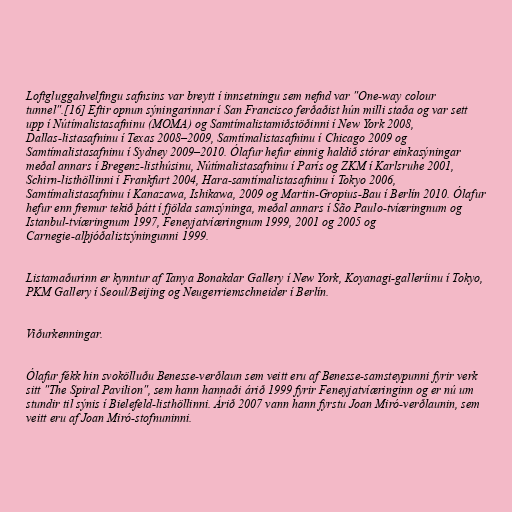
Loftgluggahvelfingu safnsins var breytt í innsetningu sem nefnd var "One-way colour
tunnel".[16] Eftir opnun sýningarinnar í San Francisco ferðaðist hún milli staða og var sett
upp í Nútímalistasafninu (MOMA) og Samtímalistamiðstöðinni í New York 2008,
Dallas-listasafninu í Texas 2008–2009, Samtímalistasafninu í Chicago 2009 og
Samtímalistasafninu í Sydney 2009–2010. Ólafur hefur einnig haldið stórar einkasýningar
meðal annars í Bregenz-listhúsinu, Nútímalistasafninu í París og ZKM í Karlsruhe 2001,
Schirn-listhöllinni í Frankfurt 2004, Hara-samtímalistasafninu í Tokyo 2006,
Samtímalistasafninu í Kanazawa, Ishikawa, 2009 og Martin-Gropius-Bau í Berlín 2010. Ólafur
hefur enn fremur tekið þátt í fjölda samsýninga, meðal annars í São Paulo-tvíæringnum og
Istanbul-tvíæringnum 1997, Feneyjatvíæringnum 1999, 2001 og 2005 og
Carnegie-alþjóðalistsýningunni 1999.

Listamaðurinn er kynntur af Tanya Bonakdar Gallery í New York, Koyanagi-galleríinu í Tokyo,
PKM Gallery í Seoul/Beijing og Neugerriemschneider í Berlín.

Viðurkenningar.

Ólafur fékk hin svokölluðu Benesse-verðlaun sem veitt eru af Benesse-samsteypunni fyrir verk
sitt "The Spiral Pavilion", sem hann hannaði árið 1999 fyrir Feneyjatvíæringinn og er nú um
stundir til sýnis í Bielefeld-listhöllinni. Árið 2007 vann hann fyrstu Joan Miró-verðlaunin, sem
veitt eru af Joan Miró-stofnuninni.